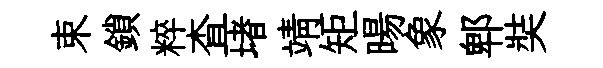
束鎖粹查堵靖矩暘象郫奘